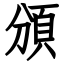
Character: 頒